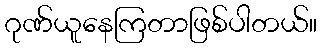
ဂုဏ်ယူနေကြတာဖြစ်ပါတယ်။